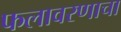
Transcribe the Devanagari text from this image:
फलावरणाचा